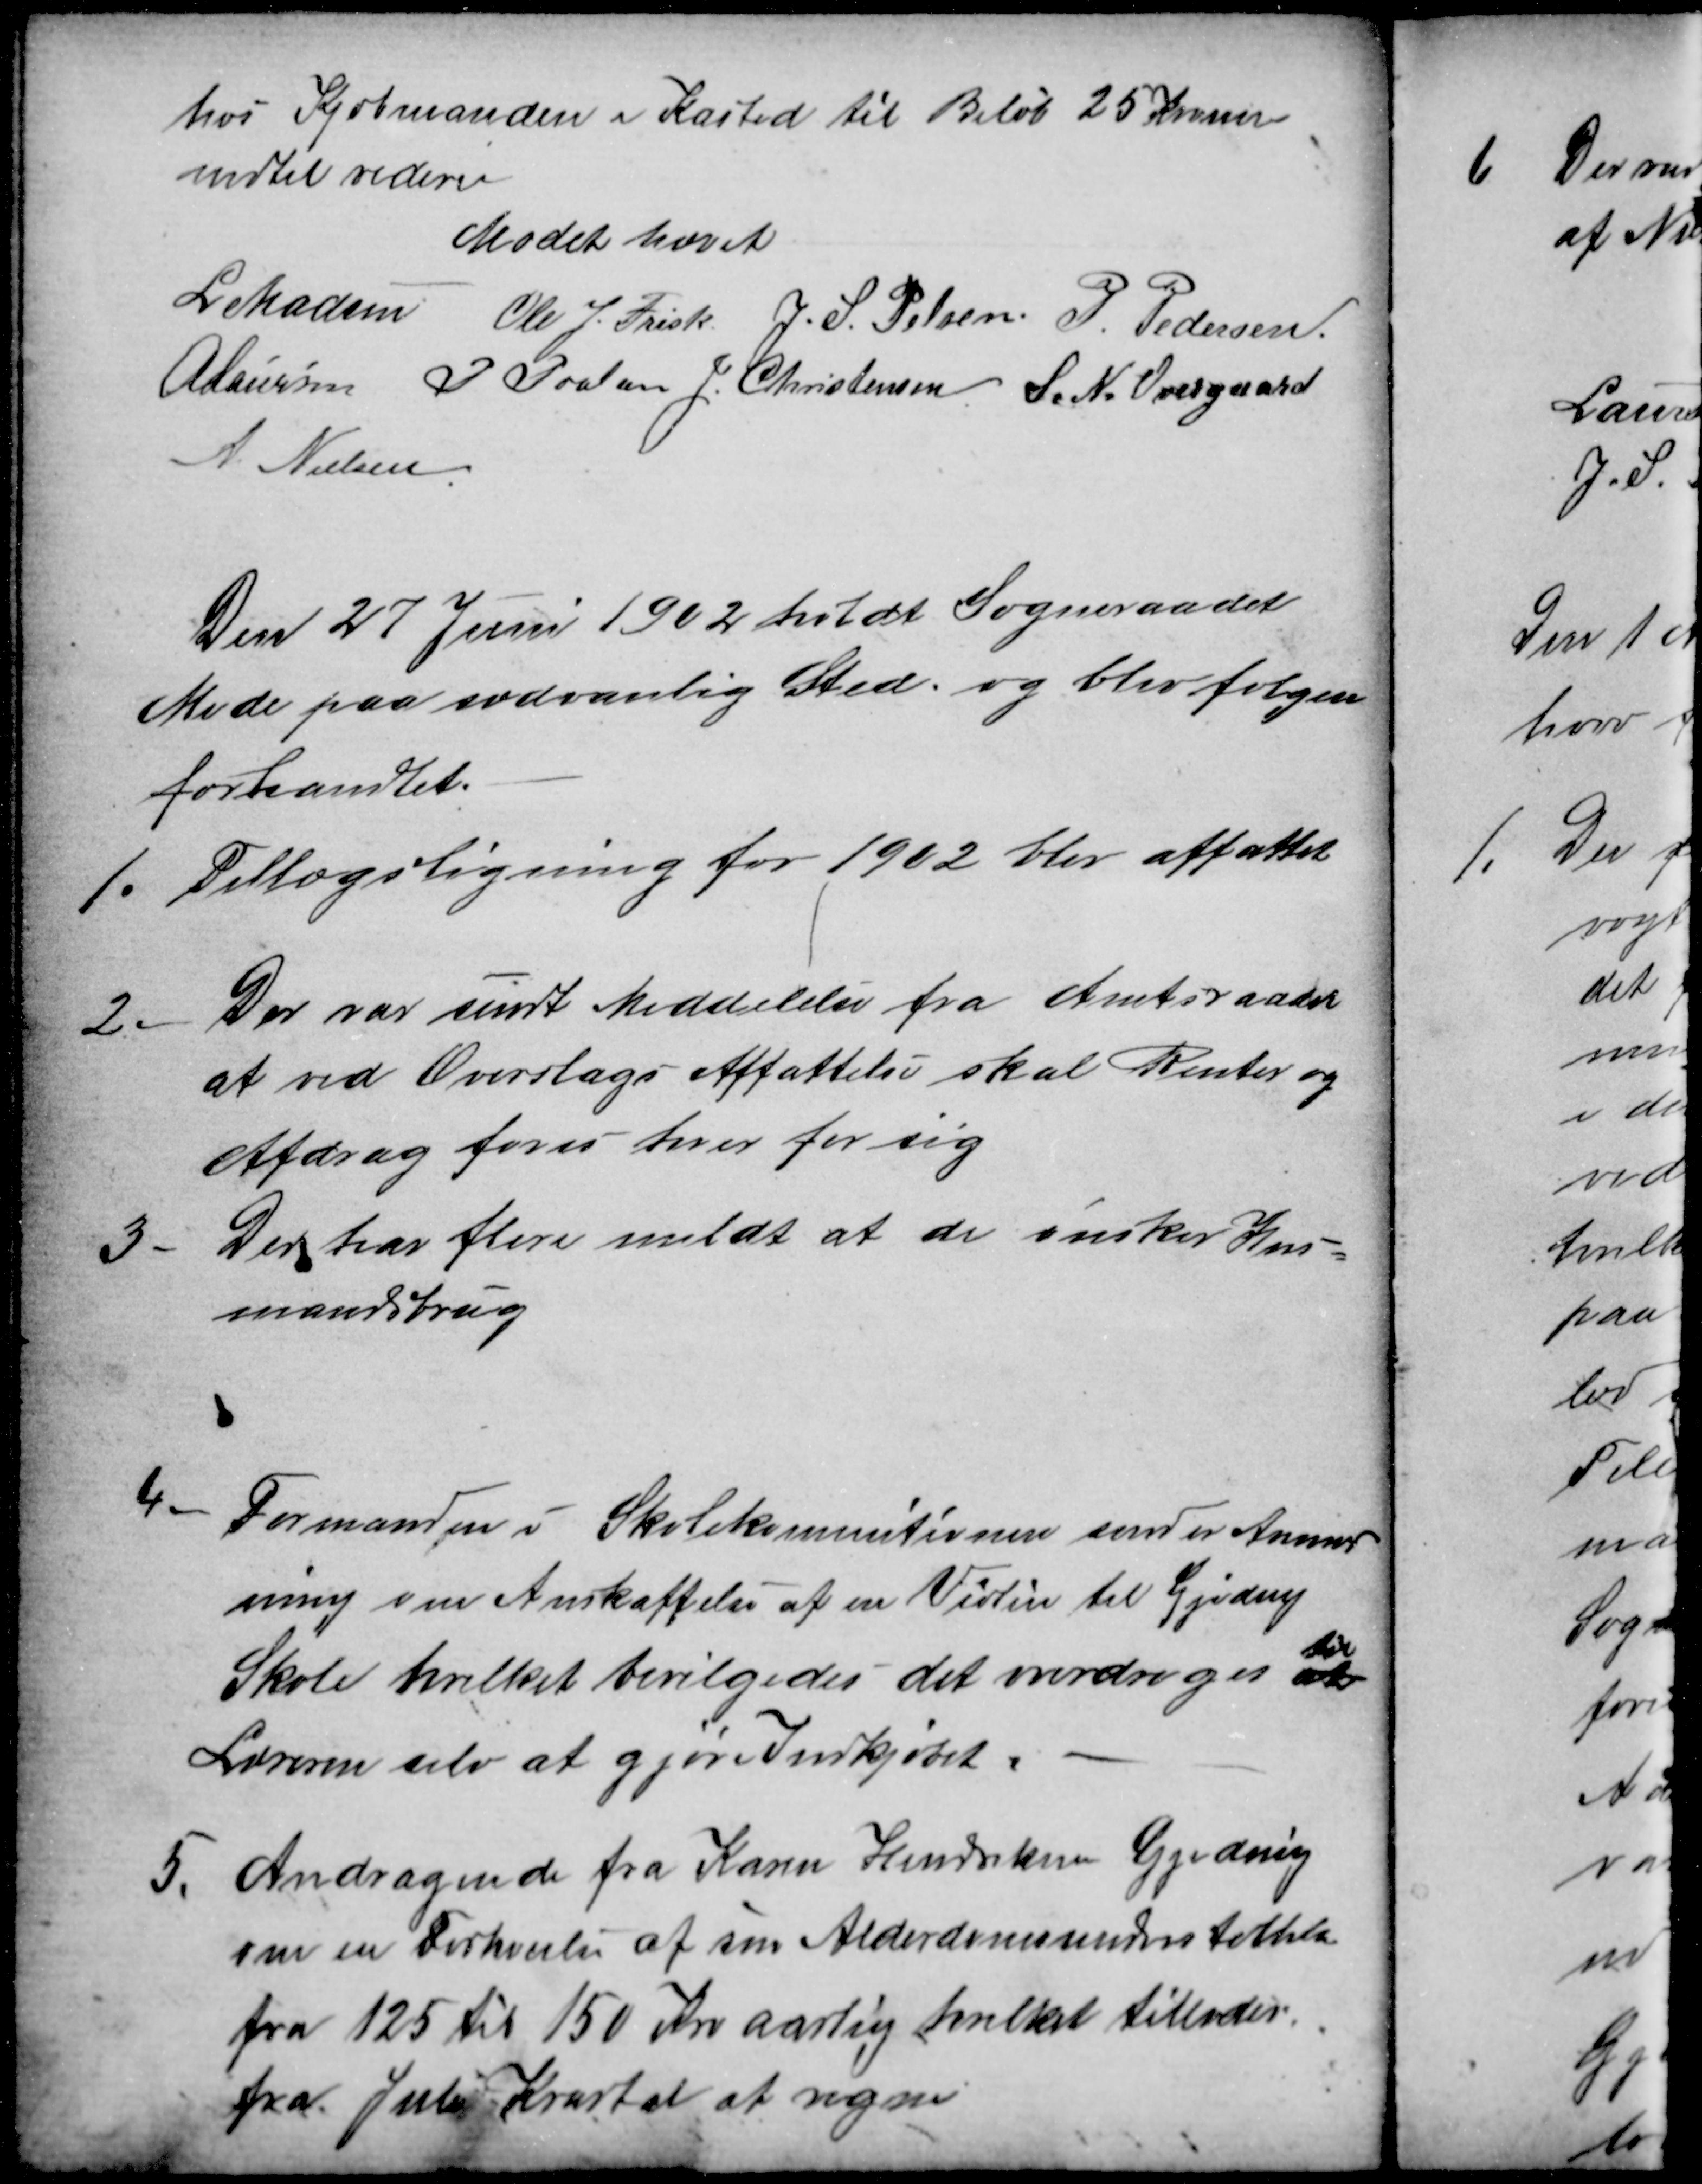
Transskription:
hos Kjøbmanden i Kasted til Beløb 25 Kroner
indtil videre
Mødet hævet
L. Madsen Ole J. Frisk J. S. Pelsen P. Pedersen.
A Laursen P Poulsen J. Christensen S. N. Overgaard
A. Nielsen
Den 27 Juni 1902 holdt Sogneraadet
Møde paa sædvanlig Sted, og blev følgen
forhandlet.
1.
Tillægsligning for 1902 blev affattet
2.
Der var sendt Meddelelse fra Amtsraadet
at ved Overslags Affattelse skal Renter og
Afdrag føres hver for sig
3
Der har flere meldt at de ønsker Hus-
mandsbrug
4
Formanden i Skolekommitionen sender Anmod
ning om Anskaffelse af en Violin til Gjeding
Skole hvilket bevilgedes det overdroges at
til
Læreren selv at gjøre Indkjøbet.
5.
Andragende fra Karen Hendriksen Gjeding
om en Forhøielse af sin Alderdomsunderstøttelse
fra 125 til 150 Kr aarlig hvilket tillodes.
fra Juli Kvartal at regne